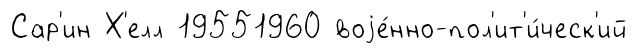
Сар'ин Х'елл 19551960 воjе́нно-пол'ит'и́ческ'ий